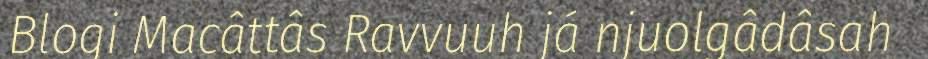
Blogi Macâttâs Ravvuuh já njuolgâdâsah